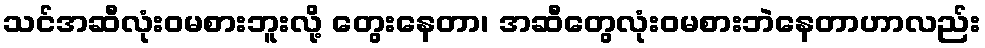
သင်အဆီလုံးဝမစားဘူးလို့ တွေးနေတာ၊ အဆီတွေလုံးဝမစားဘဲနေတာဟာလည်း